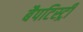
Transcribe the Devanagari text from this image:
बैपटिस्ट्री